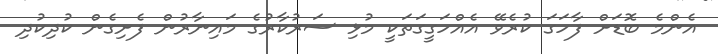
އެންމެ ބޮޑަށް ފާހަގަ ކުރެވޭ އެއްހަގީގަތަކީ މުޅި ސަރުކާރުގެ މައިނާރުން ފެށިގެން ކުދިކުދި